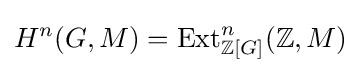
H^{n}(G,M)=\operatorname {Ext} _{\mathbb {Z} [G]}^{n}(\mathbb {Z} ,M)